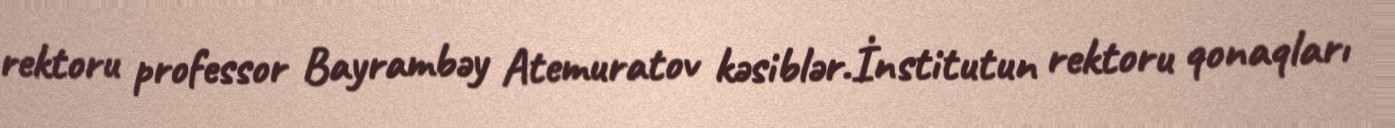
rektoru professor Bayrambəy Atemuratov kəsiblər.İnstitutun rektoru qonaqları